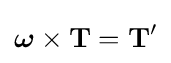
{\boldsymbol {\omega }}\times \mathbf {T} =\mathbf {T'}